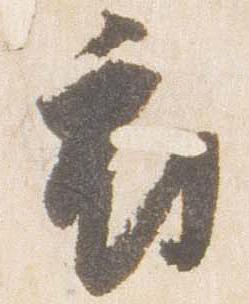
府